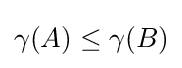
\gamma (A)\leq \gamma (B)